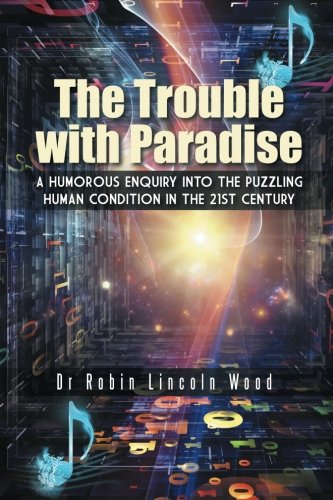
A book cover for The Trouble with Paradise: A Humorous Enquiry into the Puzzling Human Condition in the 21st Century; Dr. Robin Lincoln Wood; Humor & Entertainment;